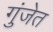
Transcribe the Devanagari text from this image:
गुंजेत